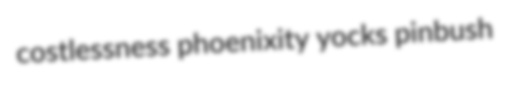
costlessness phoenixity yocks pinbush